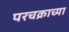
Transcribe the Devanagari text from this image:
परचक्राच्या